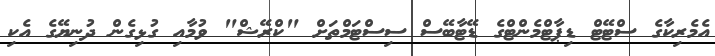
އެމެރިކާގެ ސްޓޭޓް ޑިޕާޓްމެންޓްގެ ޑޭޓާބޭސް ސިސްޓަމްތަށް "ކްރޭޝް" ވުމާއި ގުޅިގެން ދުނިޔޭގެ އެކި